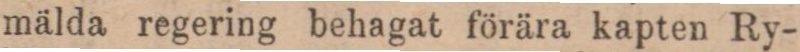
mälda regering behagat förära kapten Ry-